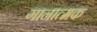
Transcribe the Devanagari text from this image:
गानात्मक